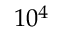
1 0 ^ { 4 }